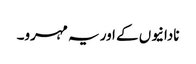
نادانیوں کے اور یہ مہرو۔